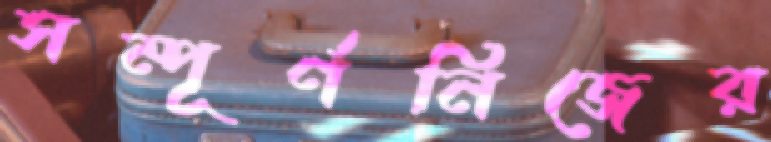
সম্পূর্ণনিজের